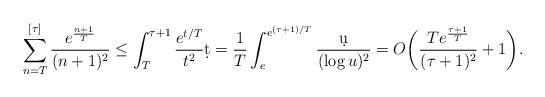
LaTeX: \begin{align*} \sum_{n=T}^{[\tau]} \frac{e^{\frac{n+1}{T}}}{(n+1)^2} \leq \int_T^{\tau+1} \frac{e^{t/T}}{t^2} \d t = \frac{1}{T} \int_e^{e^{(\tau+1)/T}} \frac{\d u}{(\log u)^2} = O\bigg( \frac{Te^{\frac{\tau+1}{T}}}{(\tau+1)^2} + 1 \bigg).\end{align*}